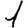
Digit: 1